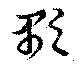
顒